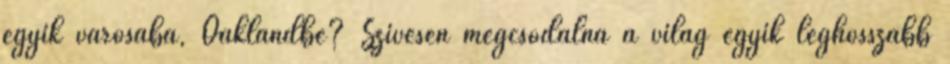
egyik városába, Oaklandbe? Szívesen megcsodálná a világ egyik leghosszabb